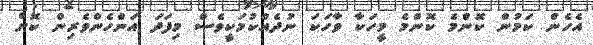
އެހެން ކަމުން ކޮންމެ ކޮންމެ މީހަކާ ވާހަކަ ނުދެއްކުމަކީވެސް މިފަދަ އަންހެންވެރިން ކޮށް